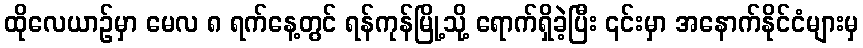
ထိုလေယာဉ်မှာ မေလ ၈ ရက်နေ့တွင် ရန်ကုန်မြို့သို့ ရောက်ရှိခဲ့ပြီး ၎င်းမှာ အနောက်နိုင်ငံများမှ